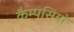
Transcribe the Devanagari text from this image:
कैम्पसियो